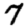
Digit: 7